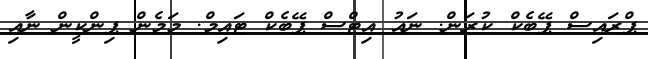
ޕްރައިސް ޕޭބެކް ކުރަން. ނައު އިޓްސް ޕޭބެކް ޓައިމް. މަމެން ޕިންކީން ނާއި